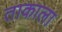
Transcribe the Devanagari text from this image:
ताकाला